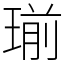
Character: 瑐